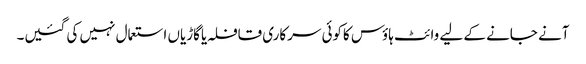
آنے جانے کے لیے وائٹ ہاؤس کاکوئی سرکاری قافلہ یاگاڑیاں استعمال نہیں کی گئیں۔